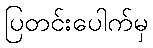
ပြတင်းပေါက်မှ